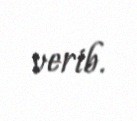
verib.